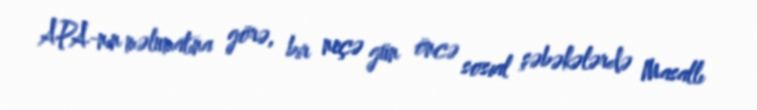
APA-nın məlumatına görə, bir neçə gün öncə sosial şəbəkələrdə Masallı